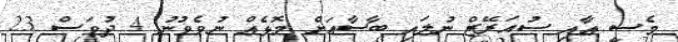
މެސީ އާއި ސުއަރޭޒް ނުލައި ބާސާއަށް މޮޅެއް ނުވެވުނު 4 ދުވަސް 23